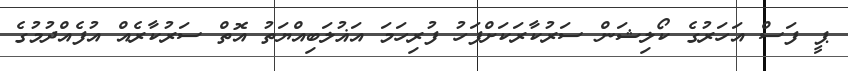
ޕީ ފަސް އަހަރުގެ ކޯލިޝަން ސަރުކާރަކަށްފަހު ފުރިހަމަ އަޣުލަބިއްޔަތު އޮތް ސަރުކާރެއް އުފެއްދުމުގެ